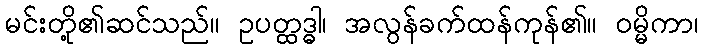
မင်းတို့၏ဆင်သည်။ ဥပတ္ထဒ္ဓါ၊ အလွန်ခက်ထန်ကုန်၏။ ဝမ္မိကာ၊